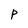
Character: P